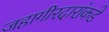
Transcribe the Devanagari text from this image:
जहागीरदारांकडे